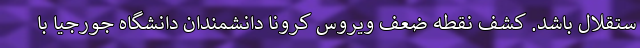
ستقلال باشد. کشف نقطه ضعف ویروس کرونا دانشمندان دانشگاه جورجیا با